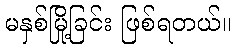
မနှစ်မြို့ခြင်း ဖြစ်ရတယ်။